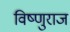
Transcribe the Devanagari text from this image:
विष्णुराज